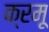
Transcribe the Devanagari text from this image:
क्रमू